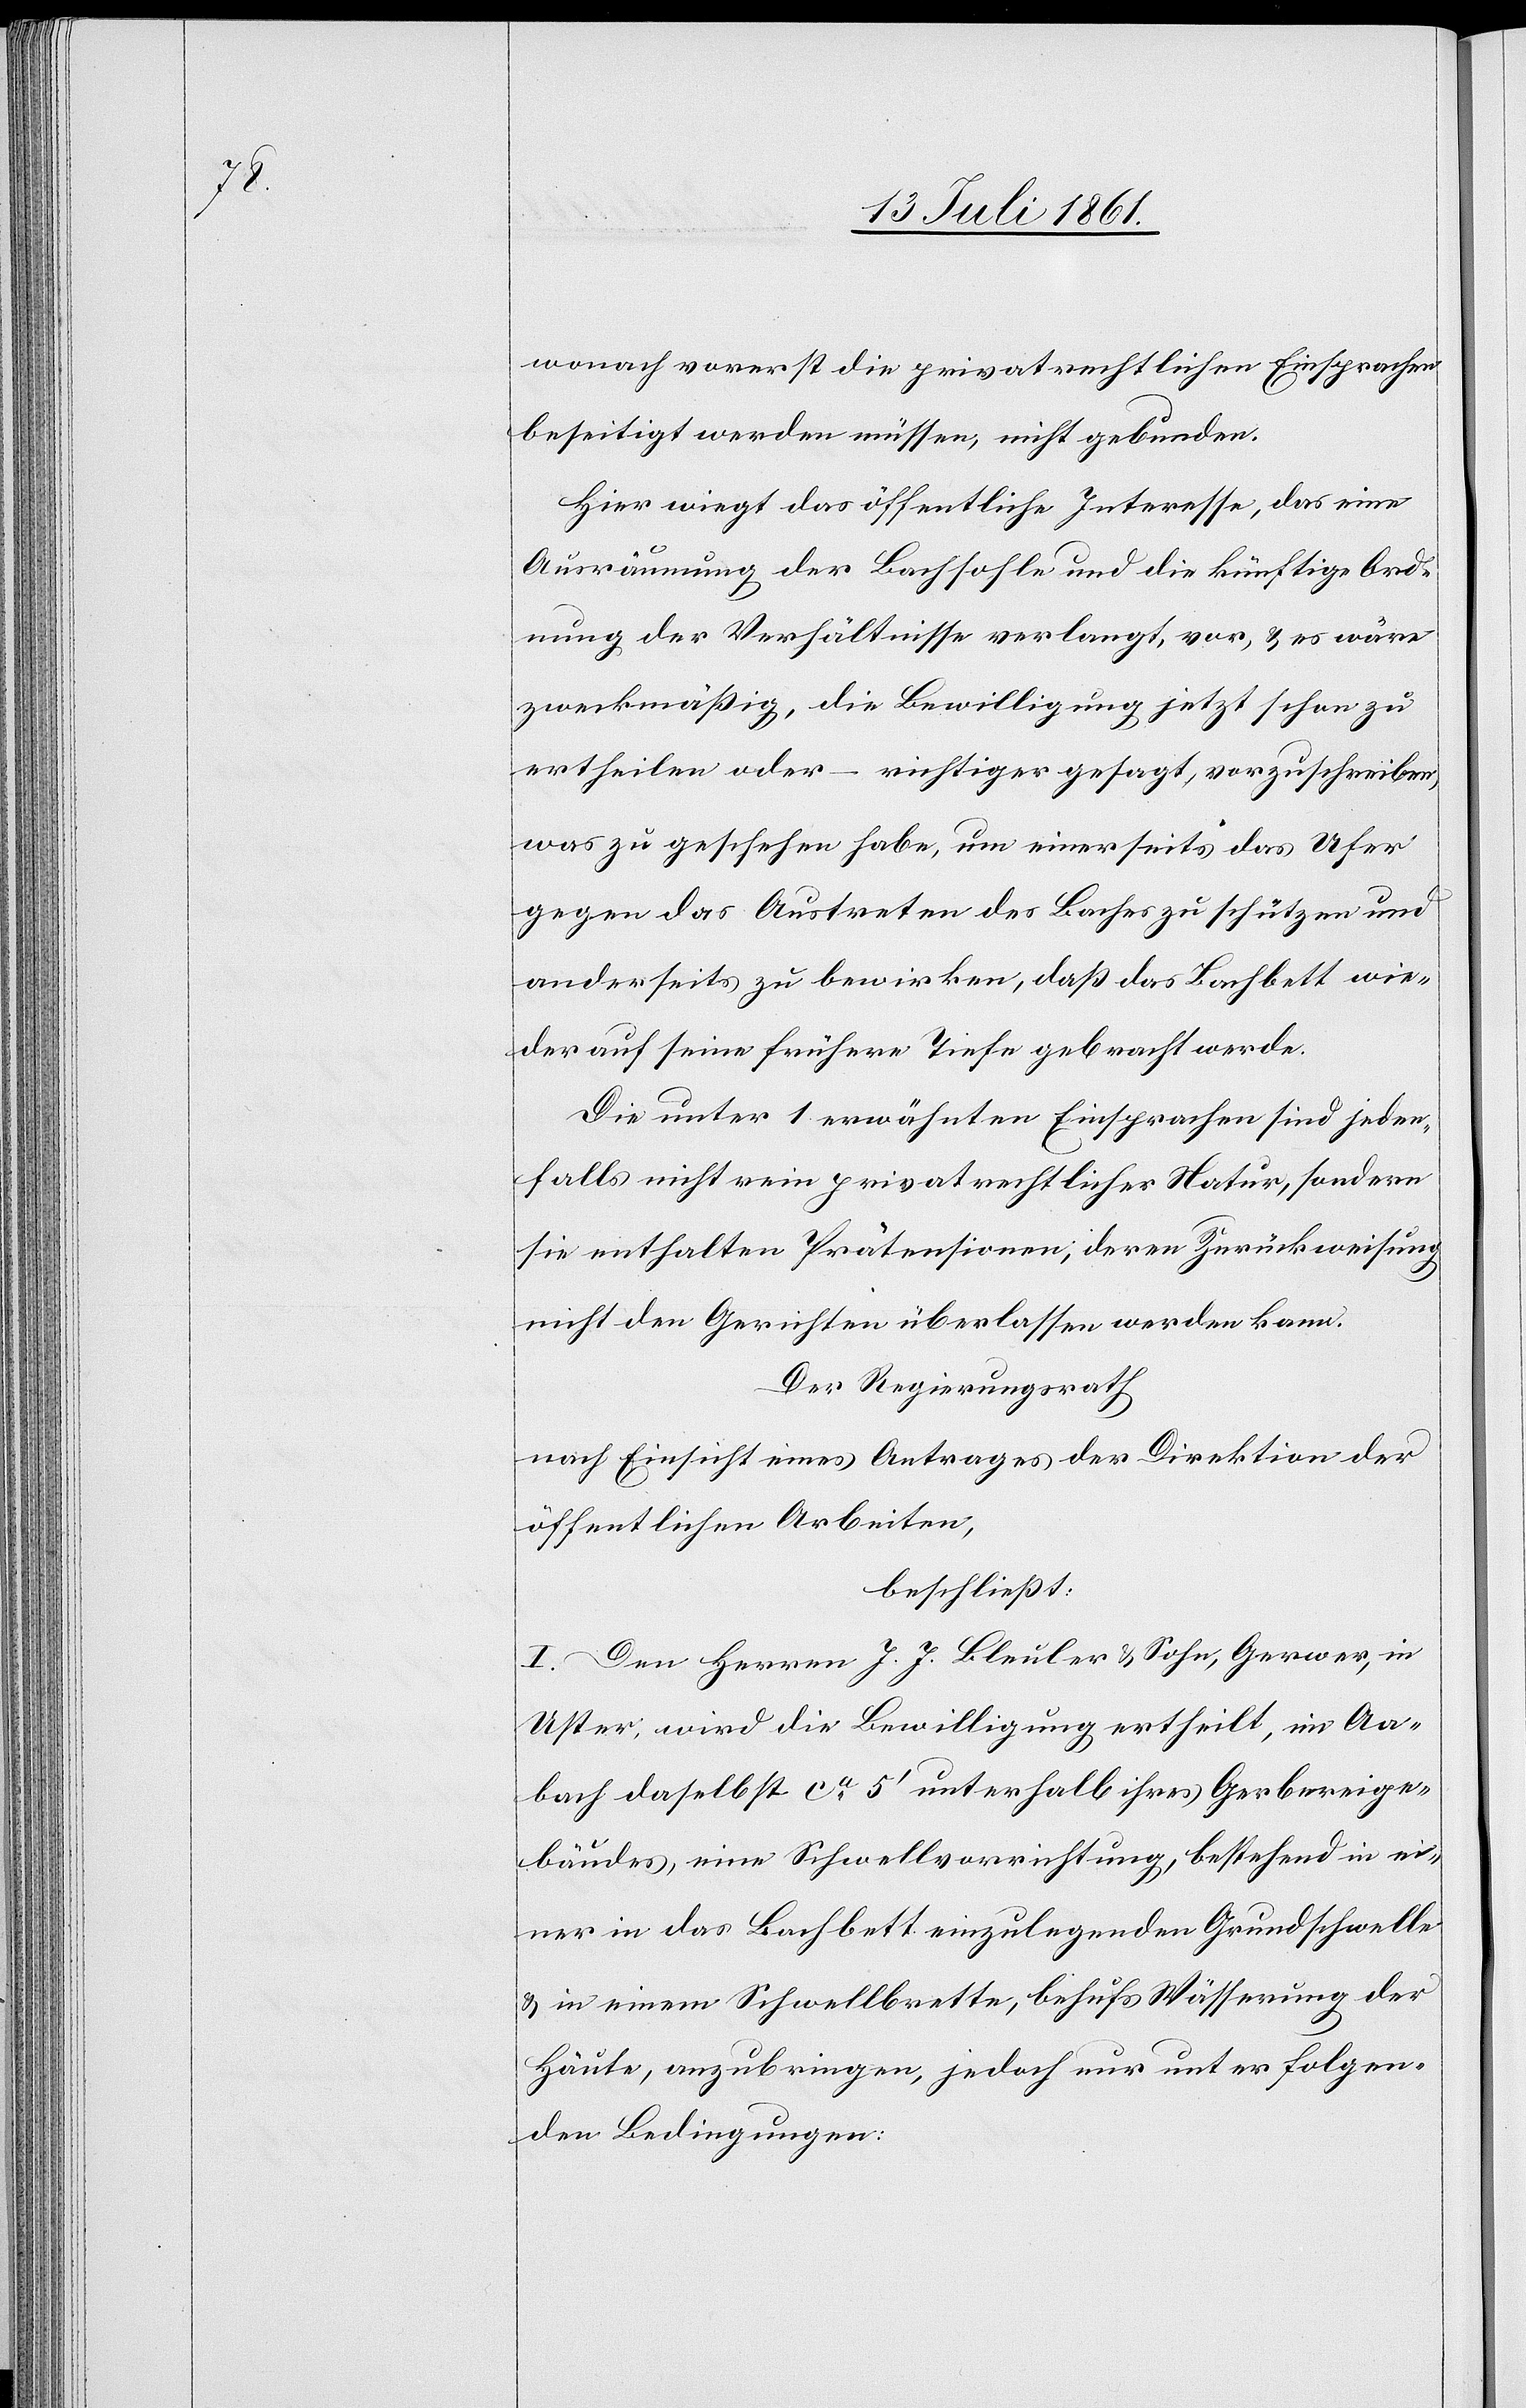
wonach vorerst die privatrechtlichen Einsprachen
beseitigt werden müssen, nicht gebunden.
Hier wiegt das öffentliche Interesse, das eine
Ausräumung der Bachsohle und die künftige Ord¬
nung der Verhältnisse verlangt, vor, u. es wäre
zweckmäßig, die Bewilligung jetzt schon zu
ertheilen oder – richtiger gesagt, vorzuschreiben,
was zu geschehen habe, um einerseits das Ufer
gegen das Austreten des Baches zu schützen und
anderseits zu bewirken, daß das Bachbett wie¬
der auf seine frühere Tiefe gebracht werde.
Die unter 1 erwähnten Einsprachen sind jeden¬
falls nicht rein privatrechtlicher Natur, sondern
sie enthalten Präsentationen, deren Zurückweisung
nicht den Gerichten überlassen werden kann.
Der Regierungsrath,
nach Einsicht eines Antrages der Direktion der
öffentlichen Arbeiten,
beschließt:
I. Dem Herrn J. J. Bleuler u. Sohn, Gerwer, in
Uster, wird die Bewilligung ertheilt, im Aa¬
bach daselbst ca 5’ unterhalb ihres Gerbereige¬
bäudes, eine Schwellvorrichtung, bestehend in ei¬
ner in das Bachbett einzulegenden Grundschwelle
u. in einem Schwellbrette, behufs Wässerung der
Häute, anzubringen, jedoch nur unter folgen¬
den Bedingungen: